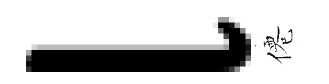
l僊